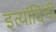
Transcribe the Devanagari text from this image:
इत्यांदिंची